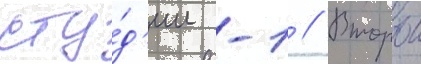
сту́д'ии -1 // Второи